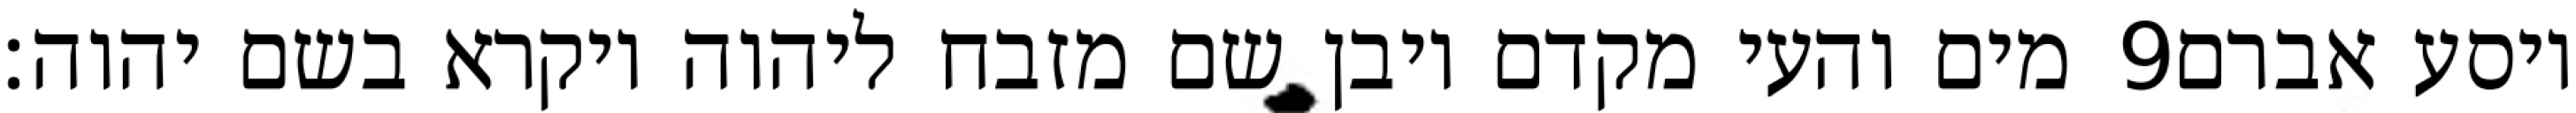
מים והעי מקדם ויבן שם מזבח ליהוה ויקרא בשם יהוה׃ ‎9‏ ויסע אברם